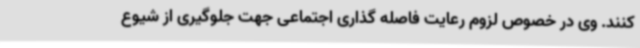
کنند. وی در خصوص لزوم رعایت فاصله گذاری اجتماعی جهت جلوگیری از شیوع